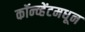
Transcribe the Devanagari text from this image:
कॉन्व्हेंटमधून